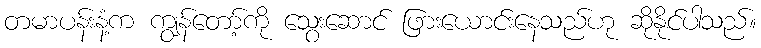
တမာပန်းနံ့က ကျွန်တော့်ကို သွေးဆောင် ဖြားယောင်းနေသည်ဟု ဆိုနိုင်ပါသည်။